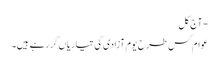
- آج کل
عوام کس طرح یومِ آزادی کی تیاریاں کر رہے ہیں۔